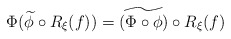
\begin{align*}\Phi(\widetilde{\phi}\circ R_\xi(f)) = \widetilde{(\Phi\circ\phi)}\circ R_\xi(f)\end{align*}